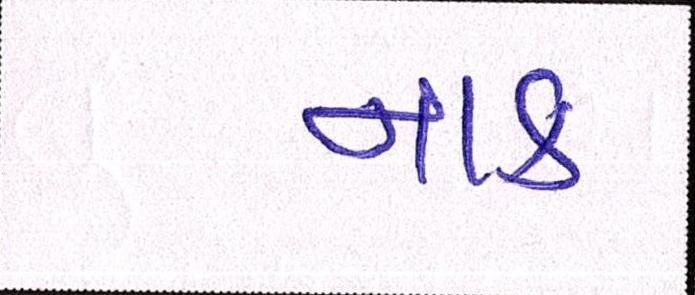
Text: નાક